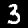
Label: 3